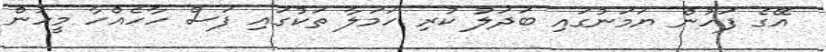
އޭގެ ފަހުން ޔަމަނުގައި ބަދަލު ކުރި ހަމަލާ ތަކުގައި ފަސް ހާހެއްހާ މީހުން